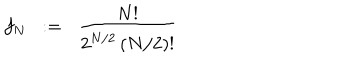
f _ { N } \; \; : = \; \; { \frac { N ! } { 2 ^ { N / 2 } \, ( N / 2 ) ! } }